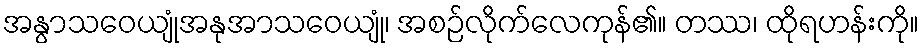
အနွာသဝေယျုံအနုအာသဝေယျုံ၊ အစဉ်လိုက်လေကုန်၏။ တဿ၊ ထိုရဟန်းကို။